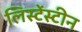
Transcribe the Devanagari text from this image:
लिस्टेंस्टीन